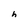
Character: h